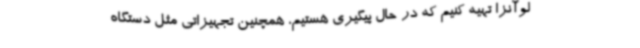
لوآنزا تهیه کنیم که در حال پیگیری هستیم، همچنین تجهیزاتی مثل دستگاه